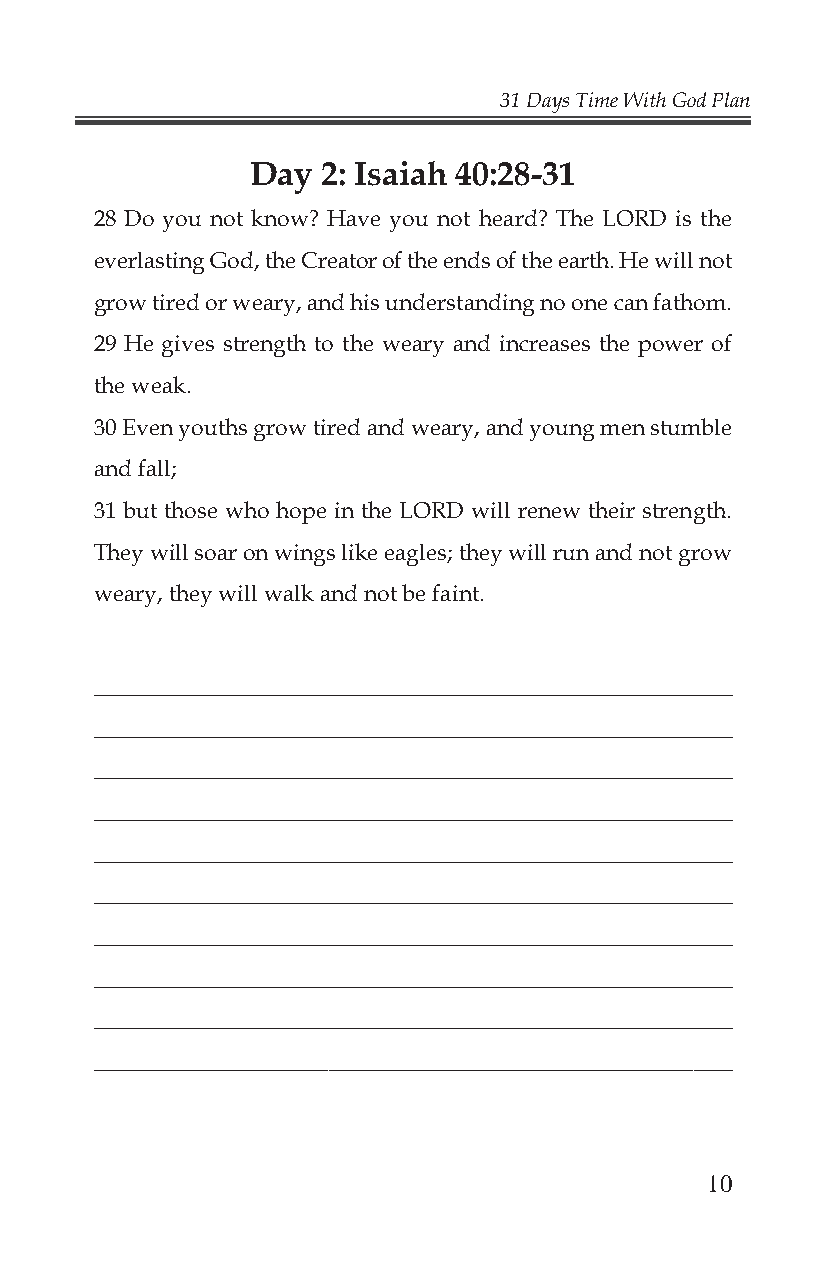
31 Days Time With God Plan
 Day 2: Isaiah 40:28-31
 28 Do you not know? Have you not heard? The LORD is the
 everlasting God, the Creator of the ends of the earth. He will not
 grow tired or weary, and his understanding no one can fathom.
 29 He gives strength to the weary and increases the power of
 the weak.
 30 Even youths grow tired and weary, and young men stumble
 and fall;
 31 but those who hope in the LORD will renew their strength.
 They will soar on wings like eagles; they will run and not grow
 weary, they will walk and not be faint.
 ___________________________________________________
 ___________________________________________________
 ___________________________________________________
 ___________________________________________________
 ___________________________________________________
 ___________________________________________________
 ___________________________________________________
 ___________________________________________________
 ___________________________________________________
 _________________________________________________
 10